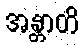
အန္တာတိ